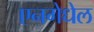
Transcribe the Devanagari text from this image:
एनगेधेल